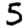
Digit: 5